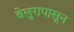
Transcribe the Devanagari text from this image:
बेलुरापासून